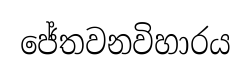
ජේතවනවිහාරය